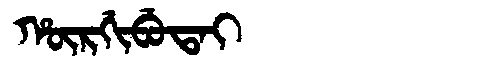
Manchu: ᡥᡡᡵᡤᡳᠪᡠᡨᠠᡳ
Romanization: HŪRGIBUTAI